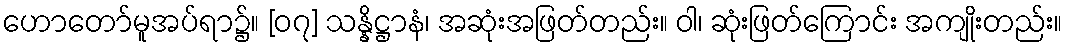
ဟောတော်မူအပ်ရာ၌။ [၀၇] သန္နိဋ္ဌာနံ၊ အဆုံးအဖြတ်တည်း။ ဝါ၊ ဆုံးဖြတ်ကြောင်း အကျိုးတည်း။